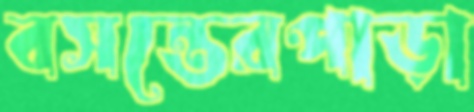
বসন্তেরপাড়া